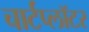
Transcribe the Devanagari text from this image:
चार्टप्लॉटर